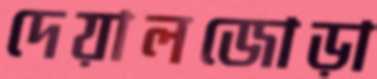
দেয়ালজোড়া